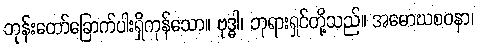
ဘုန်းတော်ခြောက်ပါးရှိကုန်သော။ ဗုဒ္ဓါ၊ ဘုရားရှင်တို့သည်။ အမောဃစဝနာ၊